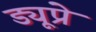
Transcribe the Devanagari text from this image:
ड्यूप्रे